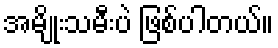
အမျိုးသမီးပဲ ဖြစ်ပါတယ်။